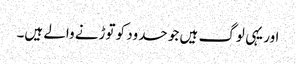
اور یہی لوگ ہیں جو حدود کو توڑنے والے ہیں۔